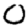
Digit: 0